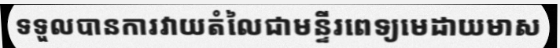
ទទួលបានការវាយតំលៃជាមន្ទីរពេទ្យមេដាយមាស